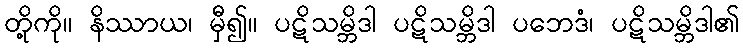
တို့ကို။ နိဿာယ၊ မှီ၍။ ပဋိသမ္ဘိဒါ ပဋိသမ္ဘိဒါ ပဘေဒံ၊ ပဋိသမ္ဘိဒါ၏